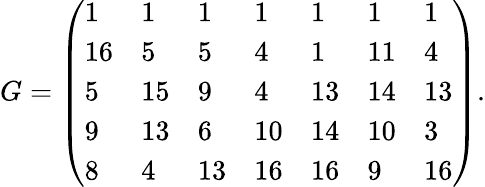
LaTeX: \begin{array}{r}{G=\left(\begin{array}{lllllll}{1}&{1}&{1}&{1}&{1}&{1}&{1}\\ {16}&{5}&{5}&{4}&{1}&{11}&{4}\\ {5}&{15}&{9}&{4}&{13}&{14}&{13}\\ {9}&{13}&{6}&{10}&{14}&{10}&{3}\\ {8}&{4}&{13}&{16}&{16}&{9}&{16}\end{array}\right).}\end{array}